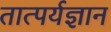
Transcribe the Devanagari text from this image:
तात्पर्यज्ञान